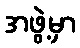
အဖွဲ့မှာ